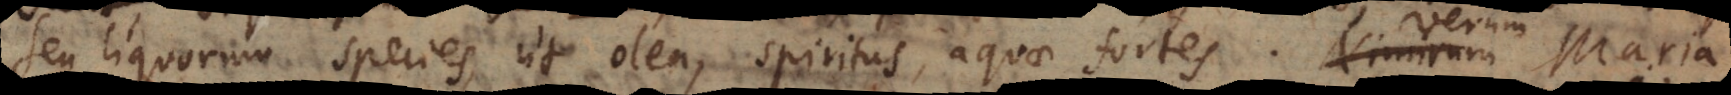
seu liquorum species, ut olea, spiritus, aquae fortes. Nimirum Maria,